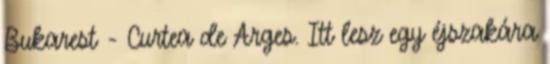
Bukarest - Curtea de Arges. Itt lesz egy éjszakára